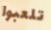
تلعبوا